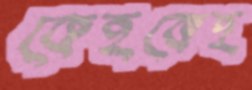
কেহকেহ